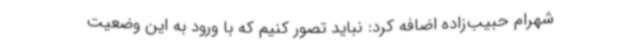
شهرام حبیب‌زاده اضافه کرد: نباید تصور کنیم که با ورود به این وضعیت